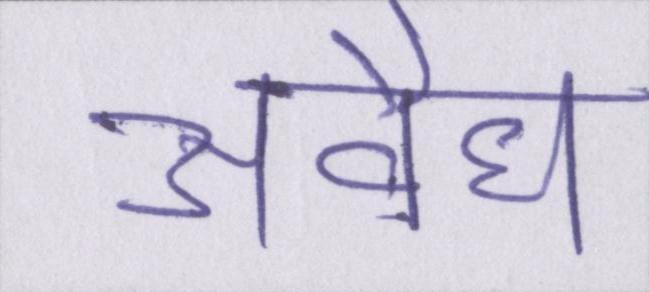
अवैध